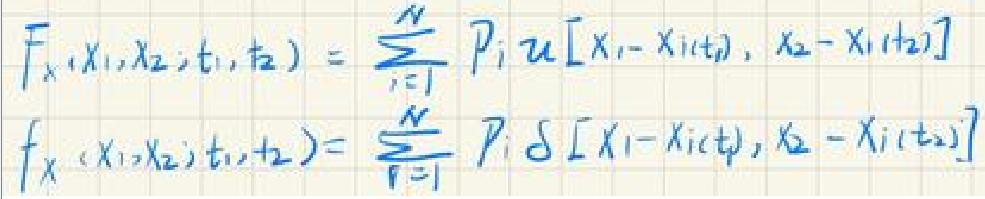
\begin{align*}
F_{x_1,x_2,t_1,t_2}&=\sum_{i = 1}^{N}P_iu[x_1 - x_{i(t_1)},x_2 - x_{i(t_2)}]\\
f_{x}(x_1,x_2,t_1,t_2)&=\sum_{i = 1}^{N}P_i\delta[x_1 - x_{i(t_1)},x_2 - x_{i(t_2)}]
\end{align*}